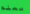
معلم